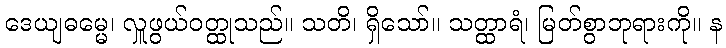
ဒေယျဓမ္မေ၊ လှူဖွယ်ဝတ္ထုသည်။ သတိ၊ ရှိသော်။ သတ္ထာရံ၊ မြတ်စွာဘုရားကို။ န